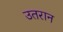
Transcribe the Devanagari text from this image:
उतरान